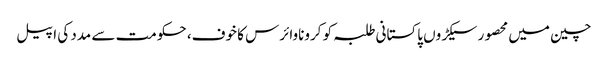
چین میں محصور سیکڑوں پاکستانی طلبہ کو کروناوائرس کا خوف، حکومت سے مدد کی اپیل